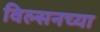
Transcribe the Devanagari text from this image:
विल्सनच्या